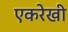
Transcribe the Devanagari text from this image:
एकरेखी